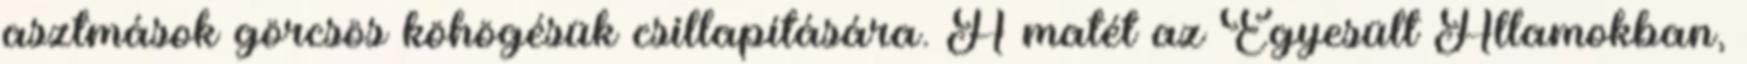
asztmások görcsös köhögésük csillapítására. A matét az Egyesült Államokban,